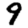
Digit: 9